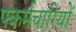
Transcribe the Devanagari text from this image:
फ्कर्मचारियों